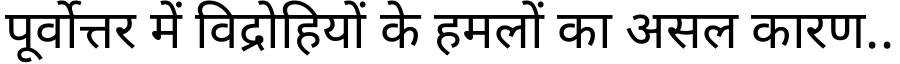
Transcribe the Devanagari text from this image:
पूर्वोत्तर में विद्रोहियों के हमलों का असल कारण..